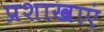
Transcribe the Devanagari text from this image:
प्रशाखाएं